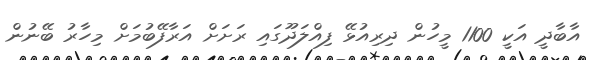
އާބާދީ އަކީ 1100 މީހުން ދިރިއުޅޭ ފިއްލަދޫގައި ރަށަށް އަރާފޭބުމަށް މިހާރު ބޭނުން